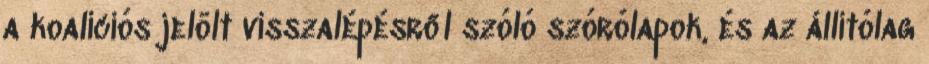
a koalíciós jelölt visszalépésről szóló szórólapok, és az állítólag